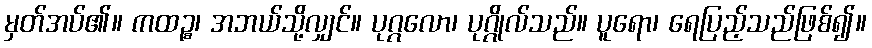
မှတ်အပ်၏။ ကထဉ္စ၊ အဘယ်သို့လျှင်။ ပုဂ္ဂလော၊ ပုဂ္ဂိုလ်သည်။ ပူရော၊ ရေပြည့်သည်ဖြစ်၍။